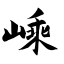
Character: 嵊